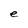
Character: e